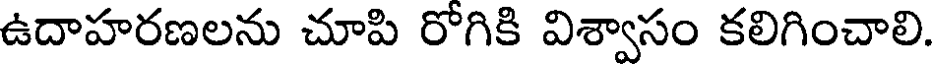
ఉదాహరణలను చూపి రోగికి విశ్వాసం కలిగించాలి.